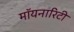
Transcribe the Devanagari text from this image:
मॉयनारिटी